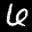
Label: 6